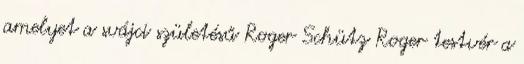
amelyet a svájci születésű Roger Schütz Roger testvér a